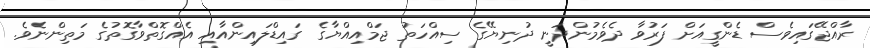
ރާއްޖޭގައިވެސް ޑެންގީއަށް ފަރުވާ ދެވެމުންދަނީ ދުނިޔޭގެ ސިއްހަތު ޖަމްއިއްޔާގެ ގައިޑްލައިންއާއި އެއްގޮތްވާގޮތުގެ މަތިންނެވެ.